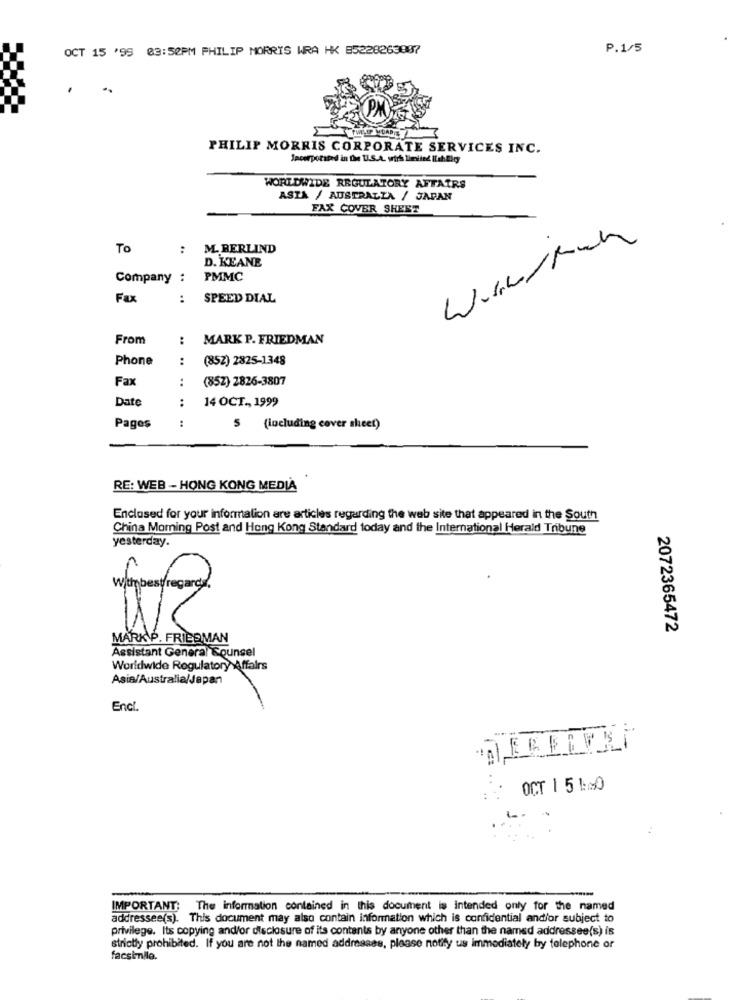
OCT 15 '99 03:50PM PHILIP MORRIS WRA HK B5228263887
P.1/5
-
PHILIP MORRIS CORPORATE SERVICES INC.
Incorporated in the U.S.A. wirh limited ilahligy
WORLDWIDE REGULATORY AFFAIRS
ASTA / AUSTRALIA / JAPAN
FAX COVER SHEET
Wirw/Ram
To
:
M. BERLIND
D. KEANE
Company :
PMMC
Fax
..
SPEED DIAL
From
MARK P. FRIEDMAN
Phone
:
(852) 2825-1348
Fax
:
(85Z) 2826-3807
Date
:
14 OCT ., 1999
:
Pages
S
(including cover sheet)
RE: WEB - HONG KONG MEDIA
Enclosed for your information are articles regarding the web site that appeared in the South
China Morning Post and Hong Kong Standard today and the International Herald Tribune
yesterday.
Withbestregard
2072365472
MARK\P. FRIEDMAN
Assistant General Counsel
Worldwide Regulatory Affairs
Asia/Australia/Japan
Encl.
OCT 1 5 150
IMPORTANT; The information contained in this document is intended only for the named
addressee(s). This document may also contain information which is confidential and/or subject to
privilege. Its copying and/or disclosure of its contents by anyone other than the named addressee(s) is
strictly prohibited. If you are not the named addresses, please notify us immediately by telephone or
facsimile.